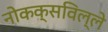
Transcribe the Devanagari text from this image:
नोकक्सविल्ले